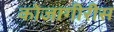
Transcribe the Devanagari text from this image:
कोजागीरीस